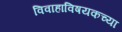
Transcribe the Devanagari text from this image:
विवाहाविषयकच्या